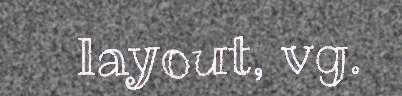
layout, vg.